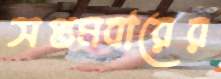
সপ্তমবারের